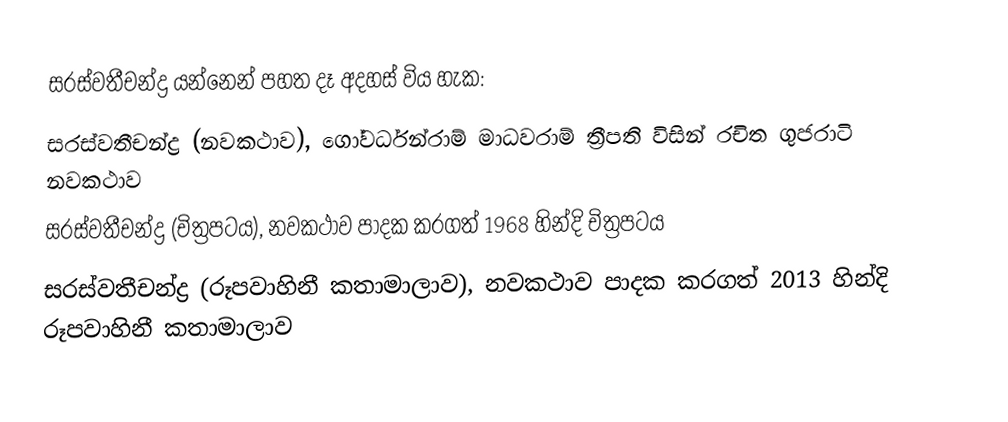
සරස්වතීචන්ද්‍ර යන්නෙන් පහත දෑ අදහස් විය හැක:
 සරස්වතීචන්ද්‍ර (නවකථාව), ගෝවර්ධන්රාම් මාධවරාම් ත්‍රීපති විසින් රචිත ගුජරාටි නවකථාව
 සරස්වතීචන්ද්‍ර (චිත්‍රපටය), නවකථාව පාදක කරගත් 1968 හින්දි චිත්‍රපටය
 සරස්වතීචන්ද්‍ර (රූපවාහිනී කතාමාලාව), නවකථාව පාදක කරගත් 2013 හින්දි රූපවාහිනී කතාමාලාව